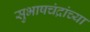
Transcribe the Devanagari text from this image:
सुभाषचंद्रांच्या